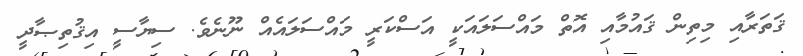
ޤަތަރާއި މިތިން ޤައުމާއި އޮތް މައްސަލައަކީ އަސްކަރީ މައްސަލައެއް ނޫނެވެ. ސިޔާސީ އިޤުތިޞާދީ